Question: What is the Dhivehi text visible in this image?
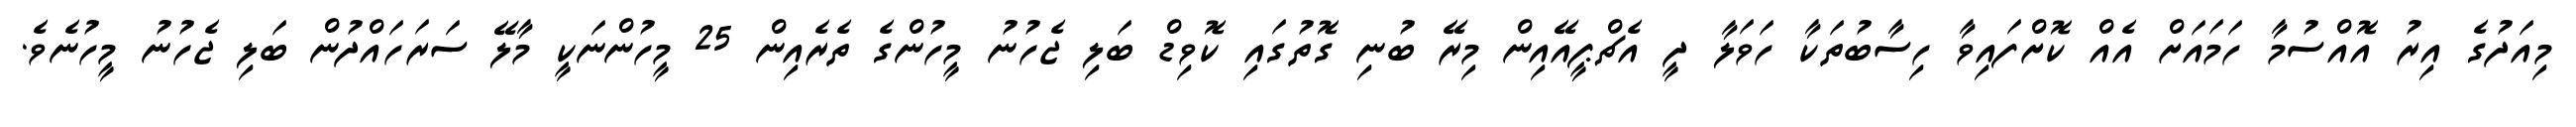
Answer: މިއަދުގެ އިރު އޮއްސުމާ ހަމައަށް އެއް ކޮށްފައިވާ ހިސާބުތަކާ ހަވަލާ ދީ އެޗްޕީއޭއިން މިރޭ ބުނި ގޮތުގައި ކޮވިޑް ބަލި ޖެހުނު މީހުންގެ ތެރެއިން 25 މީހުންނަކީ މާލޭ ސަރަހައްދުން ބަލި ޖެހުނު މީހުނެވެ.